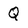
Character: Q